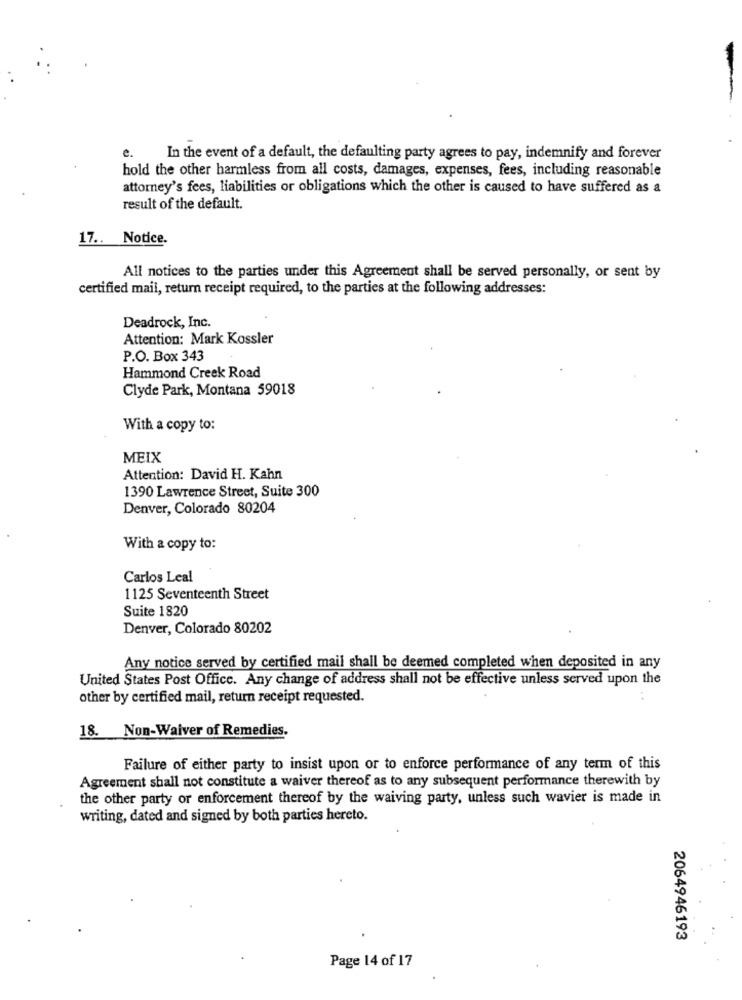
e.
In the event of a default, the defaulting party agrees to pay, indemnify and forever
hold the other harmless from all costs, damages, expenses, fees, including reasonable
attorney's fees, liabilities or obligations which the other is caused to have suffered as a
result of the default.
17 .. Notice.
All notices to the parties under this Agreement shall be served personally, or sent by
certified mail, return receipt required, to the parties at the following addresses:
Deadrock, Inc.
Attention: Mark Kossler
P.O. Box 343
Hammond Creek Road
Clyde Park, Montana 59018
With a copy to:
MEIX
Attention: David H. Kahn
1390 Lawrence Street, Suite 300
Denver, Colorado 80204
With a copy to:
Carlos Leal
1125 Seventeenth Street
Suite 1820
Denver, Colorado 80202
Any notice served by certified mail shall be deemed completed when deposited in any
United States Post Office. Any change of address shall not be effective unless served upon the
other by certified mail, return receipt requested.
18. Non-Waiver of Remedies.
Failure of either party to insist upon or to enforce performance of any term of this
Agreement shall not constitute a waiver thereof as to any subsequent performance therewith by
the other party or enforcement thereof by the waiving party, unless such wavier is made in
writing, dated and signed by both parties hereto.
2064946193
Page 14 of 17